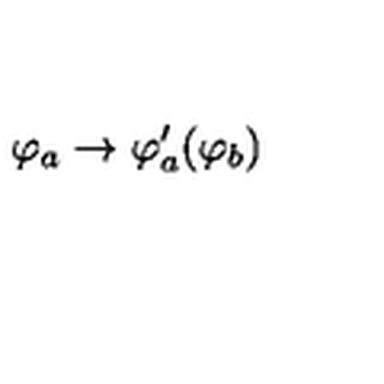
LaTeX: \varphi _ { a } \rightarrow \varphi _ { a } ^ { \prime } ( \varphi _ { b } )